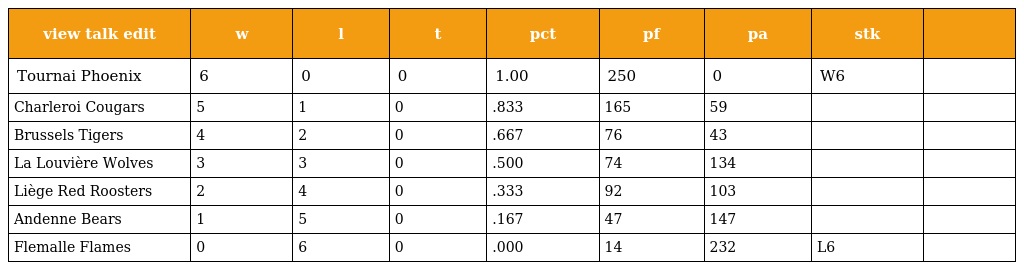
| view talk edit | w | l | t | pct | pf | pa | stk |  |
 | --- | --- | --- | --- | --- | --- | --- | --- | --- |
 | Tournai Phoenix | 6 | 0 | 0 | 1.00 | 250 | 0 | W6 |  |
 | Charleroi Cougars | 5 | 1 | 0 | .833 | 165 | 59 |  |  |
 | Brussels Tigers | 4 | 2 | 0 | .667 | 76 | 43 |  |  |
 | La Louvière Wolves | 3 | 3 | 0 | .500 | 74 | 134 |  |  |
 | Liège Red Roosters | 2 | 4 | 0 | .333 | 92 | 103 |  |  |
 | Andenne Bears | 1 | 5 | 0 | .167 | 47 | 147 |  |  |
 | Flemalle Flames | 0 | 6 | 0 | .000 | 14 | 232 | L6 |  |